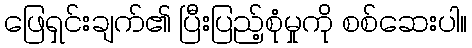
ဖြေရှင်းချက်၏ ပြီးပြည့်စုံမှုကို စစ်ဆေးပါ။